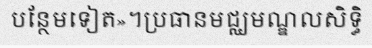
បន្ថែមទៀត»។ប្រធានមជ្ឈមណ្ឌលសិទ្ធិ